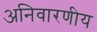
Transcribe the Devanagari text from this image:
अनिवारणीय